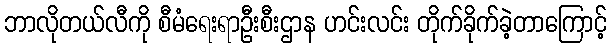
ဘာလိုတယ်လီကို စီမံရေးရာဦးစီးဌာန ဟင်းလင်း တိုက်ခိုက်ခဲ့တာကြောင့်